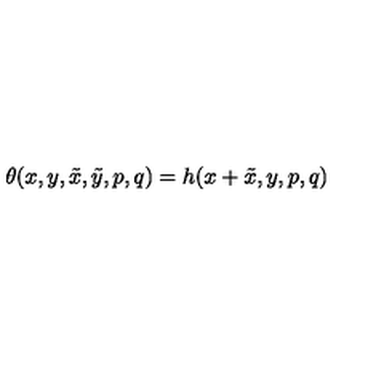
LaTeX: \theta ( x , y , \tilde { x } , \tilde { y } , p , q ) = h ( x + \tilde { x } , y , p , q )